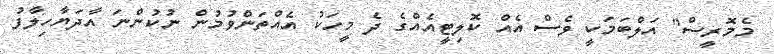
މެމޮރީސް" އަލްބަމަކީ ވެސް އެއް ކޮލިޓީއެއްގެ ދެ މީހަކު އެއްތަންވުމުން ނުކުންނަ އާދަޔާހިލާފު